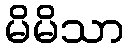
မိမိသာ